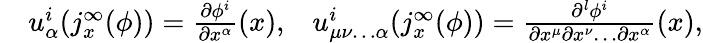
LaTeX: \begin{array}{rlr}&{u_{\alpha}^{i}(j_{x}^{\infty}(\phi))=\frac{\partial\phi^{i}}{\partial x^{\alpha}}(x),}&{u_{\mu\nu\ldots\alpha}^{i}(j_{x}^{\infty}(\phi))=\frac{\partial^{l}\phi^{i}}{\partial x^{\mu}\partial x^{\nu}\ldots\partial x^{\alpha}}(x),}\end{array}